Vaccination Hyderabad 1890-1903 - 1890-1903
Year: 1890
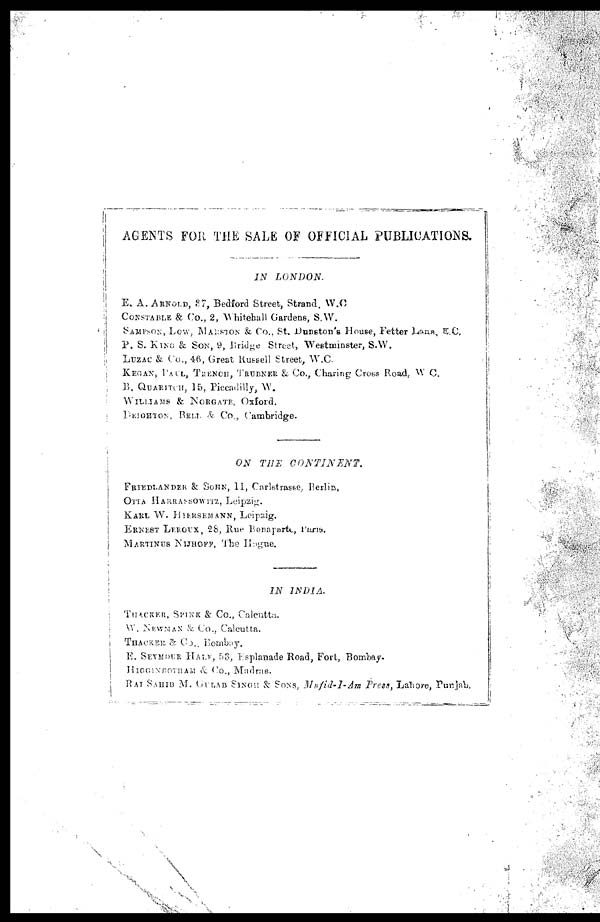
AGENTS FOR THE SALE OF OFFICIAL PUBLICATIONS.
IN
LONDON.
E. A. ARNOLD, 37, Bedford Street, Strand. W.C
CONSTABLE & Co., 2, Whitehall Gardens, S.W.
SAMPSON, LOW, MARSTON & Co., St. Dunston's House, Fetter Lane, E.C,
P. S. KING & SON, 9, Bridge Street, Westminster, S.W.
LUZAC & Co., 46, Great Russell Street, W.C.
KEGAN, PALL, TRENCH, TRUBNER & Co., Charing Cross Road, W C.
B. QUARITCH, 15, Piccadilly, W.
WILLIAMS & NORGATE, Oxford.
DEIGHTON, BELL & Co., Cambridge.
ON THE
CONTINENT.
FRIEDLANDER & SOHN, 11, Carlstrasse, Berlin.
OTTA HARRASSOWITZ, Leipzig.
KARL W. HIERSEMANN, Leipzig.
ERNEST LEROUX, 28, Rue Bonaparte, Paris.
MARTINUS NIJHOFF, The Hague.
IN
INDIA.
THACKER, SPINK & Co., Calcutta.
W. NEWMAN & Co., Calcutta.
THACKER & Co., Bombay.
E. SEYMOUR HALE, 53, Esplanade Road, Fort, Bombay.
HIGGINBOTHAM & Co., Madras.
RAI SAHIB M. GULAB SINGH & SONS, Mufid-I-Am Press, Lahore, Punjab.